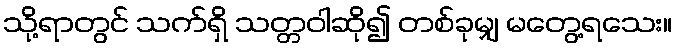
သို့ရာတွင် သက်ရှိ သတ္တဝါဆို၍ တစ်ခုမျှ မတွေ့ရသေး။